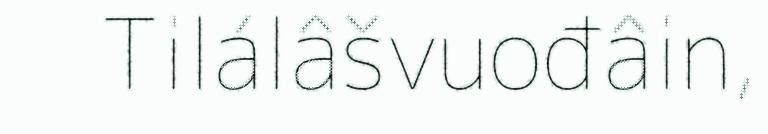
Tilálâšvuođâin,